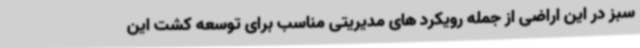
سبز در این اراضی از جمله رویکرد های مدیریتی مناسب برای توسعه کشت این